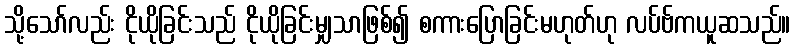
သို့သော်လည်း ငိုယိုခြင်းသည် ငိုယိုခြင်းမျှသာဖြစ်၍ စကားပြောခြင်းမဟုတ်ဟု လပ်ဗ်ကယူဆသည်။